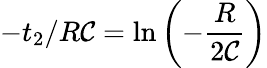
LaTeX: -t_{2}/R\mathcal{C}=\ln{\left(-\frac{{R}}{{2\mathcal{C}}}\right)}